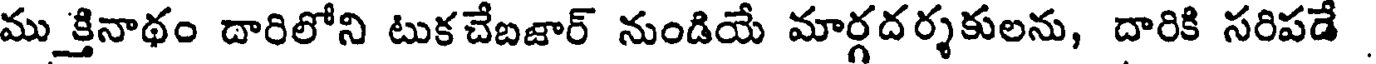
ముక్తినాథం దారిలోని టుకచేబజార్ నుండియే మార్గదర్శకులను, దారికి సరిపడే